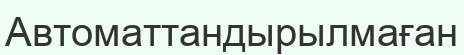
Автоматтандырылмаған